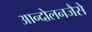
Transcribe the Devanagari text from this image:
आन्दोलनजैसे